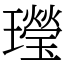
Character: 㼆